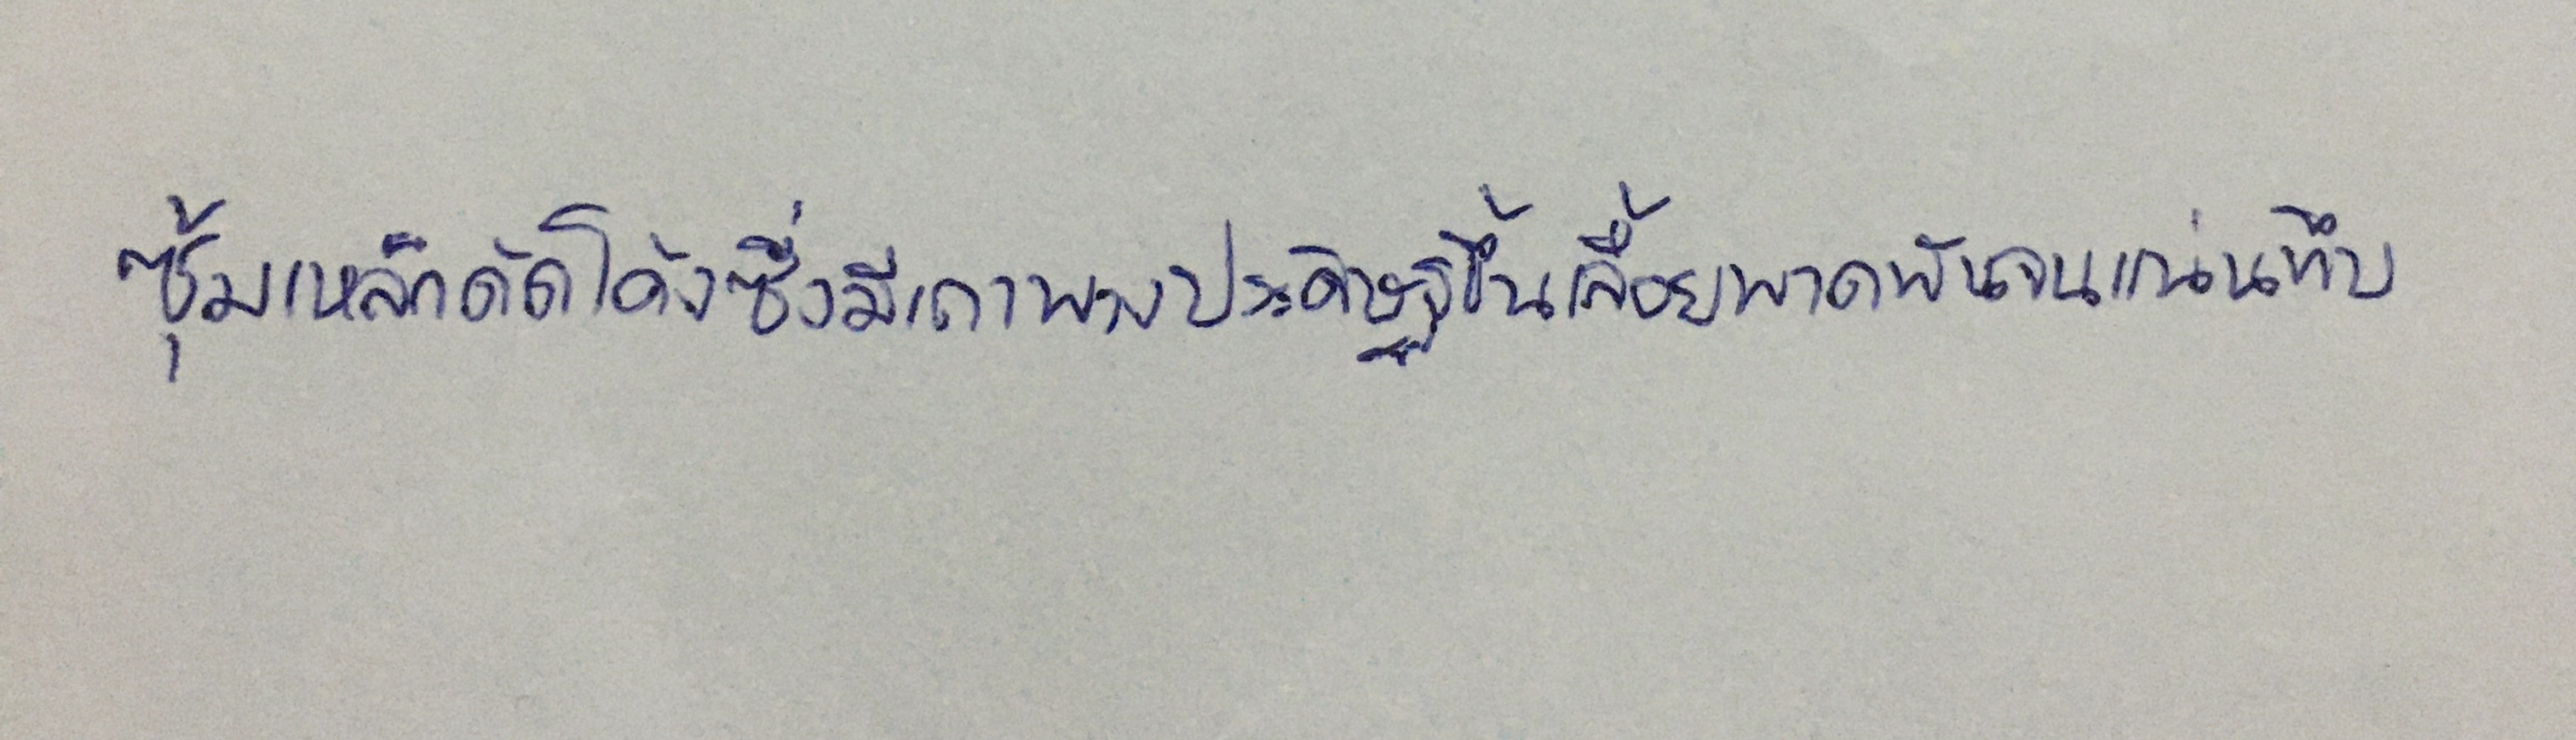
ซุ้มเหล็กดัดโค้งซึ่งมีเถาพวงประดิษฐ์ขึ้นเลื้อยพาดพันจนแน่นทึบ